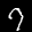
Label: 7